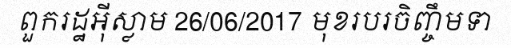
ពួករដ្ឋអ៊ីស្លាម 26/06/2017 មុខរបរចិញ្ចឹមទា